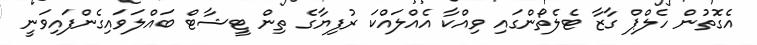
އެގޮތުން ހެލްޕް ގާޒާ ޓެލެތޯންގައި ވިއްކާ އެއްލައްކަ ރުފިޔާގެ ތިން ޓީޝާޓް ބައްލަވައިގެންފައިވަނީ